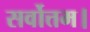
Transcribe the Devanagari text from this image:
सर्वोत्तम।